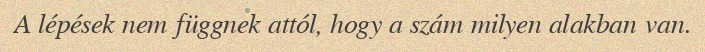
A lépések nem függnek attól, hogy a szám milyen alakban van.